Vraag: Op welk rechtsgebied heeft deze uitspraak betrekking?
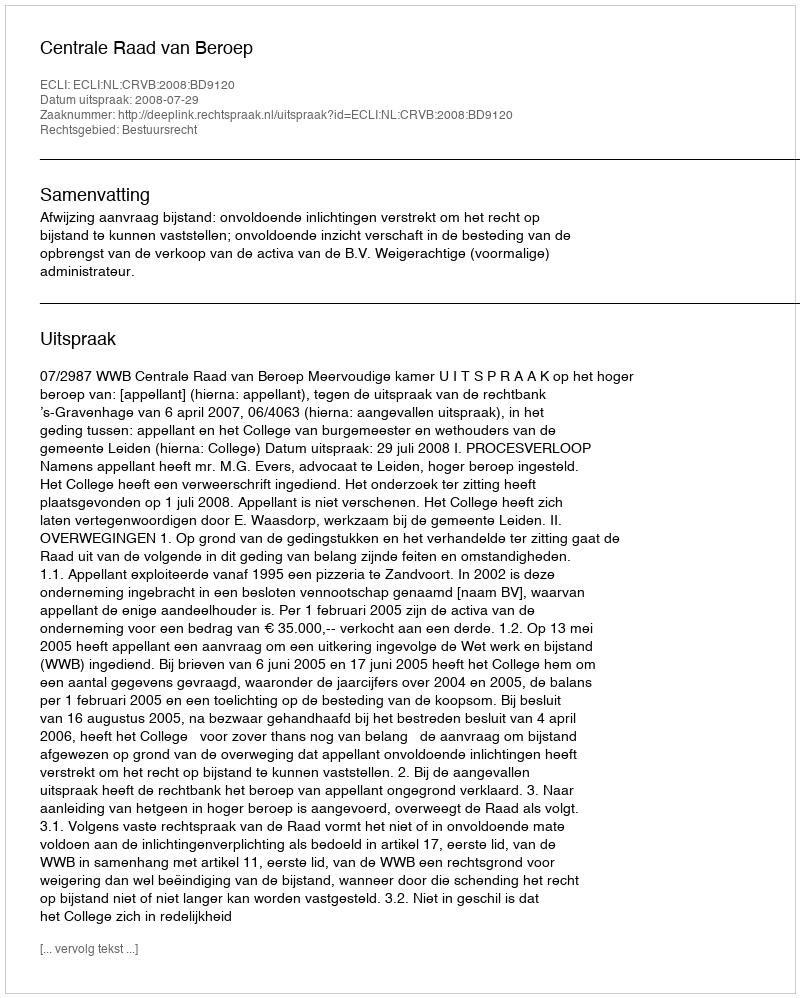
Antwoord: Bestuursrecht